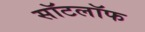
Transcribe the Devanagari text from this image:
सॉटलॉफ